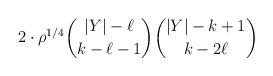
LaTeX: \begin{align*}2 \cdot {\rho}^{1/4}\binom{|Y|-\ell}{k-\ell-1} \binom{|Y| - k +1}{k- 2\ell}\end{align*}